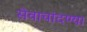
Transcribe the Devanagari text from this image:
सेवाचांदण्या